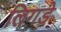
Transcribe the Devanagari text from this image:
लिगडे